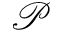
\mathcal { P }